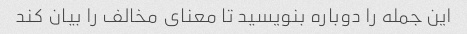
این جمله را دوباره بنویسید تا معنای مخالف را بیان کند